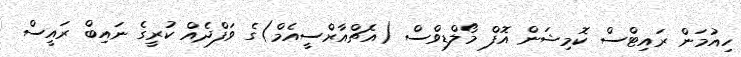
ހިއުމަން ރައިޓްސް ކޮމިޝަން އޮފް މޯލްޑިވްސް (އެޗްއާރްސީއެމް)ގެ ވަފްދެއް ކުރީގެ ނައިބް ރައީސް